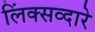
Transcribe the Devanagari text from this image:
लिंक्सव्दारे